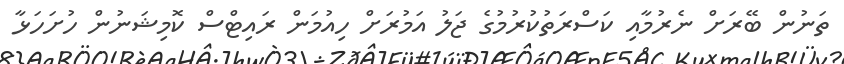
ތަނުން ބޭރަށް ނެރުމާއި ކަސްރަތުކުރުމުގެ ޖަލު އަމުރަށް ހިއުމަން ރައިޓްސް ކޮމިޝަނުން ހުށަހަޅާ